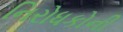
નિરોધકોની